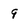
Character: 9